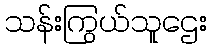
သန်းကြွယ်သူဌေး